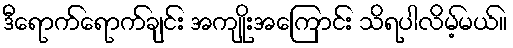
ဒီရောက်ရောက်ချင်း အကျိုးအကြောင်း သိရပါလိမ့်မယ်။